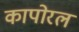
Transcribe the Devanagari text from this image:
कापोरल